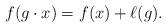
LaTeX: \begin{align*}f(g \cdot x)=f(x)+\ell(g).\end{align*}